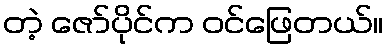
တဲ့ ဇော်ပိုင်က ဝင်ဖြေတယ်။